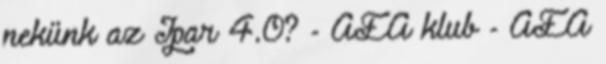
nekünk az Ipar 4.0? - AEA klub - AEA